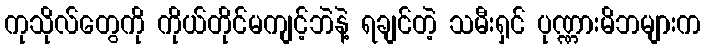
ကုသိုလ်တွေကို ကိုယ်တိုင်မကျင့်ဘဲနဲ့ ရချင်တဲ့ သမီးရှင် ပုဏ္ဏားမိဘများက